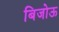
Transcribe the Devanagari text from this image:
बिजोऊ